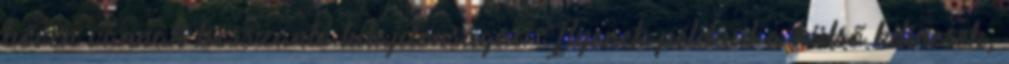
bőven vannak bosszantó tulajdonságai. Ilyenek például a külső kilincsek,